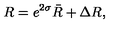
R = e ^ { 2 \sigma } \bar { R } + \Delta R ,